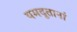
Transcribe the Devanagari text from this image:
यमदूतानां